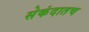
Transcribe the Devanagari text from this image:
सेकंदातच